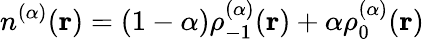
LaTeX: n^{(\alpha)}(\mathbf{r})=(1-\alpha)\rho_{-1}^{(\alpha)}(\mathbf{r})+\alpha\rho_{0}^{(\alpha)}(\mathbf{r})